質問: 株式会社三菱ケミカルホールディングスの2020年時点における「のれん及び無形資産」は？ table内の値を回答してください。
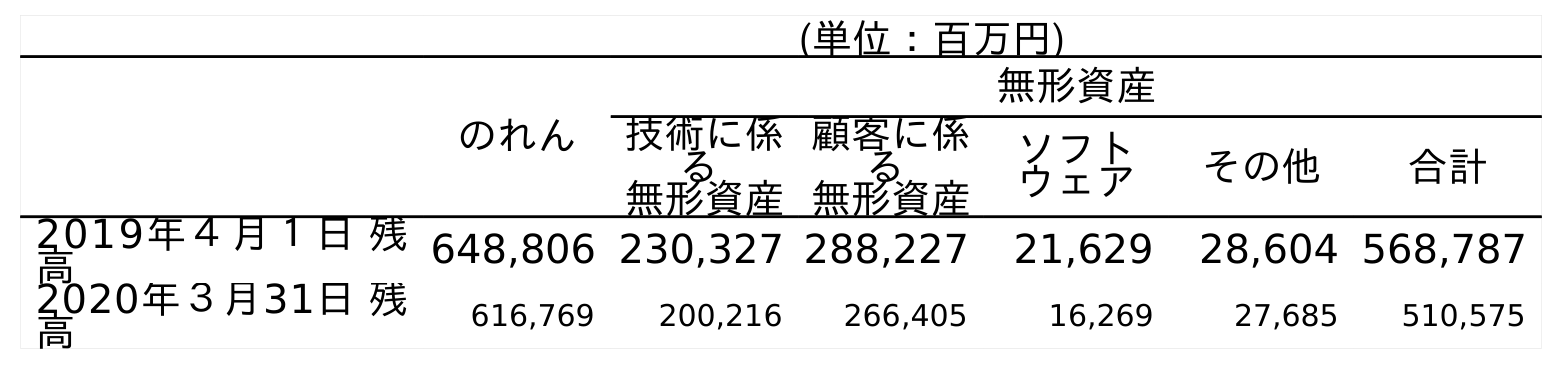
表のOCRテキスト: (単位：百万円) のれん 無形資産 技術に係 る 無形資産 顧客に係 る 無形資産 ソフト ウェア その他 合計 2019年４月１日 残 高 648,806 230,327 288,227 21,629 28,604 568,787 2020年３月31日 残 高 616,769 200,216 266,405 16,269 27,685 510,575
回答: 510,575